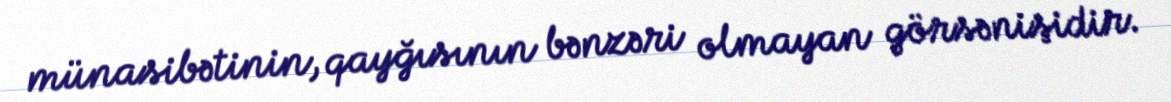
münasibətinin, qayğısının bənzəri olmayan görsənişidir.